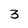
Character: 3